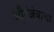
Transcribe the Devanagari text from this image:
औरंजेबाचा